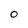
Character: O